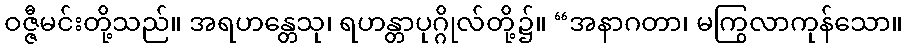
ဝဇ္ဇီမင်းတို့သည်။ အရဟန္တေသု၊ ရဟန္တာပုဂ္ဂိုလ်တို့၌။ “အနာဂတာ၊ မကြွလာကုန်သော။